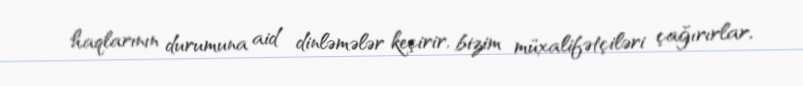
haqlarının durumuna aid dinləmələr keçirir, bizim müxalifətçiləri çağırırlar,